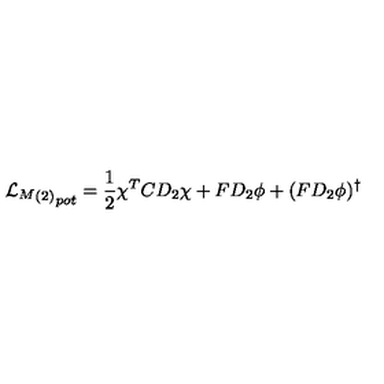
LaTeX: { { { \cal L } _ { M } } _ { ( 2 ) } } _ { p o t } = \frac { 1 } { 2 } \chi ^ { T } C D _ { 2 } \chi + F D _ { 2 } \phi + ( F D _ { 2 } \phi ) ^ { \dagger }